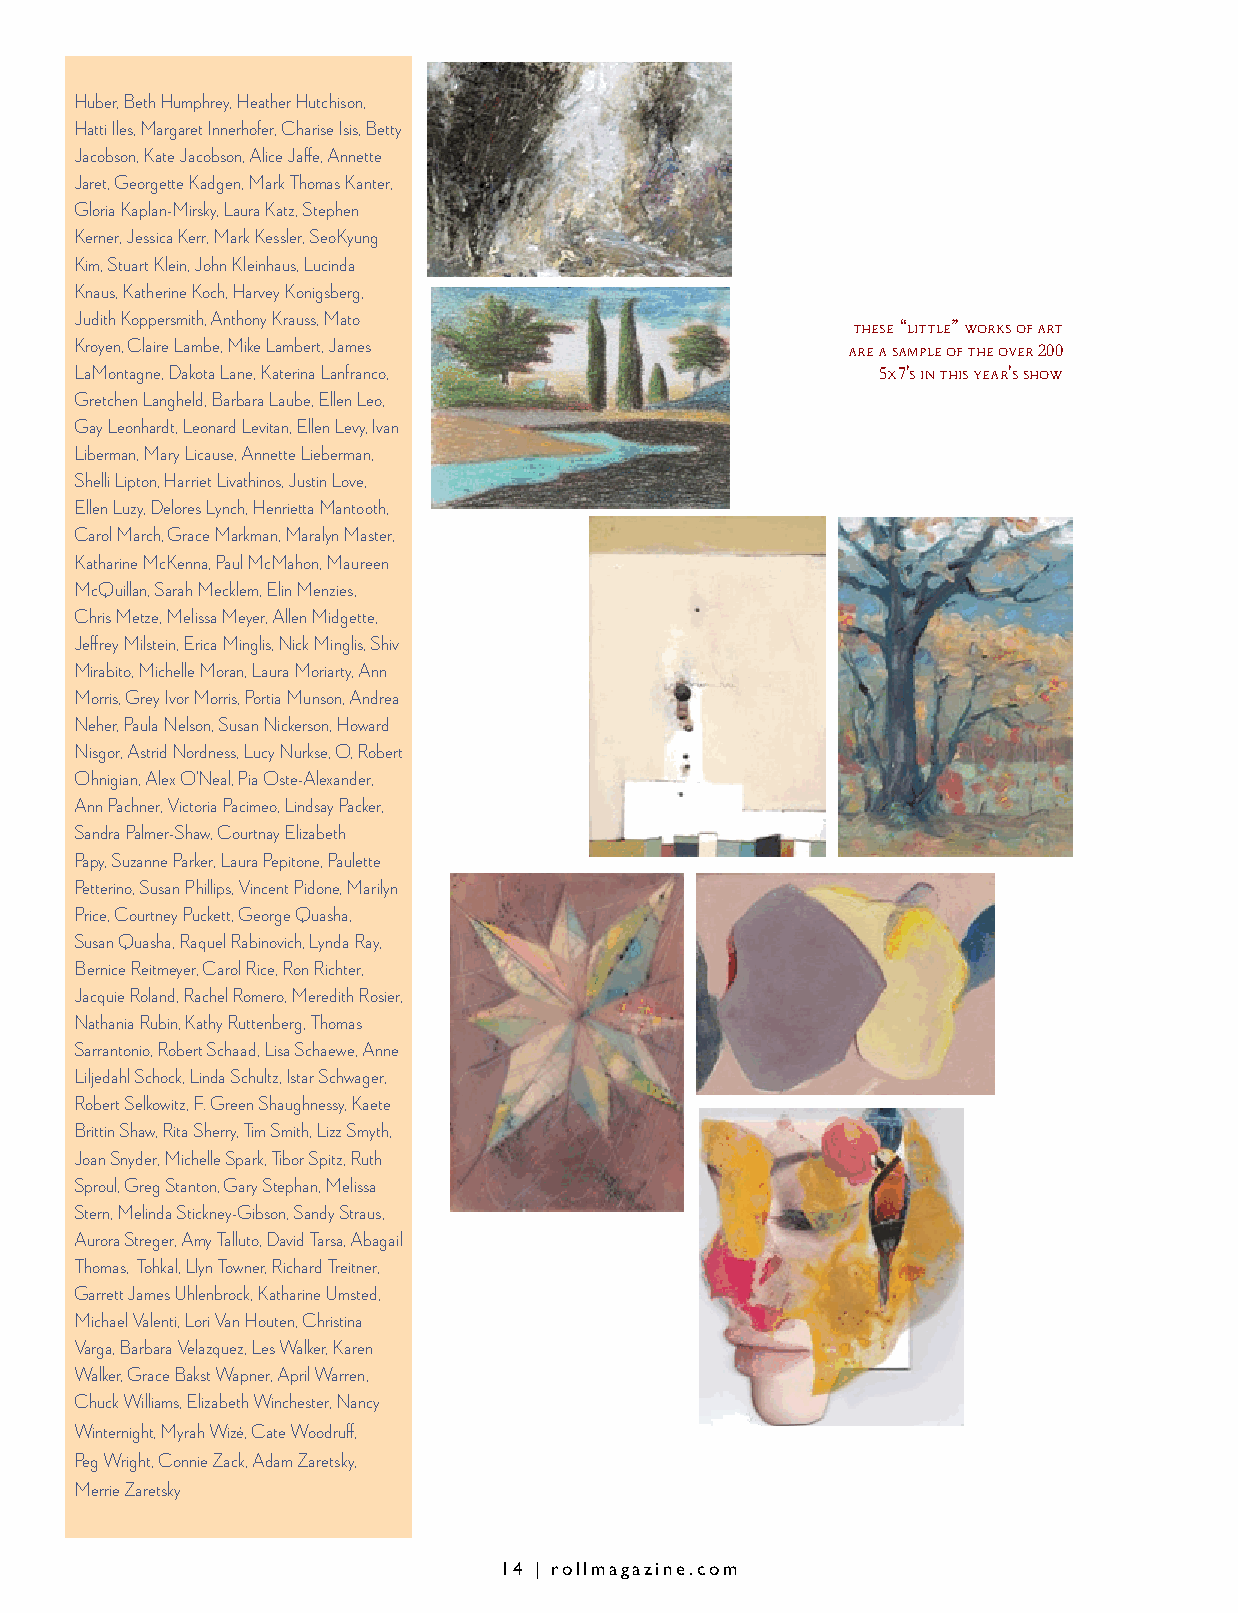
Huber, Beth Humphrey, Heather Hutchison,
 Hatti Iles, Margaret Innerhofer, Charise Isis, Betty
 Jacobson, Kate Jacobson, Alice Jaffe, Annette
 Jaret, Georgette Kadgen, Mark Thomas Kanter,
 Gloria Kaplan-Mirsky, Laura Katz, Stephen
 Kerner, Jessica Kerr, Mark Kessler, SeoKyung
 Kim, Stuart Klein, John Kleinhaus, Lucinda
 Knaus, Katherine Koch, Harvey Konigsberg,
 Judith Koppersmith, Anthony Krauss, Mato
 these “little” works of art
 Kroyen, Claire Lambe, Mike Lambert, James          are a sample of the over 200
 LaMontagne, Dakota Lane, Katerina Lanfranco,         5x7's in this year's show
 Gretchen Langheld, Barbara Laube, Ellen Leo,
 Gay Leonhardt, Leonard Levitan, Ellen Levy, Ivan
 Liberman, Mary Licause, Annette Lieberman,
 Shelli Lipton, Harriet Livathinos, Justin Love,
 Ellen Luzy, Delores Lynch, Henrietta Mantooth,
 Carol March, Grace Markman, Maralyn Master,
 Katharine McKenna, Paul McMahon, Maureen
 McQuillan, Sarah Mecklem, Elin Menzies,
 Chris Metze, Melissa Meyer, Allen Midgette,
 Jeffrey Milstein, Erica Minglis, Nick Minglis, Shiv
 Mirabito, Michelle Moran, Laura Moriarty, Ann
 Morris, Grey Ivor Morris, Portia Munson, Andrea
 Neher, Paula Nelson, Susan Nickerson, Howard
 Nisgor, Astrid Nordness, Lucy Nurkse, O, Robert
 Ohnigian, Alex O'Neal, Pia Oste-Alexander,
 Ann Pachner, Victoria Pacimeo, Lindsay Packer,
 Sandra Palmer-Shaw, Courtnay Elizabeth
 Papy, Suzanne Parker, Laura Pepitone, Paulette
 Petterino, Susan Phillips, Vincent Pidone, Marilyn
 Price, Courtney Puckett, George Quasha,
 Susan Quasha, Raquel Rabinovich, Lynda Ray,
 Bernice Reitmeyer, Carol Rice, Ron Richter,
 Jacquie Roland, Rachel Romero, Meredith Rosier,
 Nathania Rubin, Kathy Ruttenberg, Thomas
 Sarrantonio, Robert Schaad, Lisa Schaewe, Anne
 Liljedahl Schock, Linda Schultz, Istar Schwager,
 Robert Selkowitz, F. Green Shaughnessy, Kaete
 Brittin Shaw, Rita Sherry, Tim Smith, Lizz Smyth,
 Joan Snyder, Michelle Spark, Tibor Spitz, Ruth
 Sproul, Greg Stanton, Gary Stephan, Melissa
 Stern, Melinda Stickney-Gibson, Sandy Straus,
 Aurora Streger, Amy Talluto, David Tarsa, Abagail
 Thomas, Tohkal, Llyn Towner, Richard Treitner,
 Garrett James Uhlenbrock, Katharine Umsted,
 Michael Valenti, Lori Van Houten, Christina
 Varga, Barbara Velazquez, Les Walker, Karen
 Walker, Grace Bakst Wapner, April Warren,
 Chuck Williams, Elizabeth Winchester, Nancy
 Winternight, Myrah Wizé, Cate Woodruff,
 Peg Wright, Connie Zack, Adam Zaretsky,
 Merrie Zaretsky
 14 | rollmagazine.com